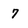
Character: 7